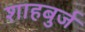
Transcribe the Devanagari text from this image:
शाहबुर्ज